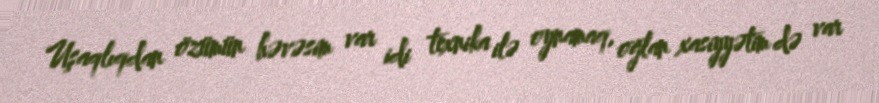
Uşaqlıqdan özümün həvəsim var idi texnika ilə oynamaq, oğlan xasiyyətim də var